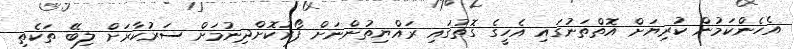
އެހެންކަމުން ކުރިޔަށް އޮތްތަނުގައި އެހީގެ ގޮތުގައި ރައްޔިތުންނަށް ފޯރުކޮށްދިނުމަށް ސަރުކާރަށް ލިބޭ ތަކެތި